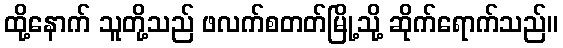
ထို့နောက် သူတို့သည် ဖလက်စတတ်မြို့သို့ ဆိုက်ရောက်သည်။